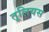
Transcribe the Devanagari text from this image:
तूलियस